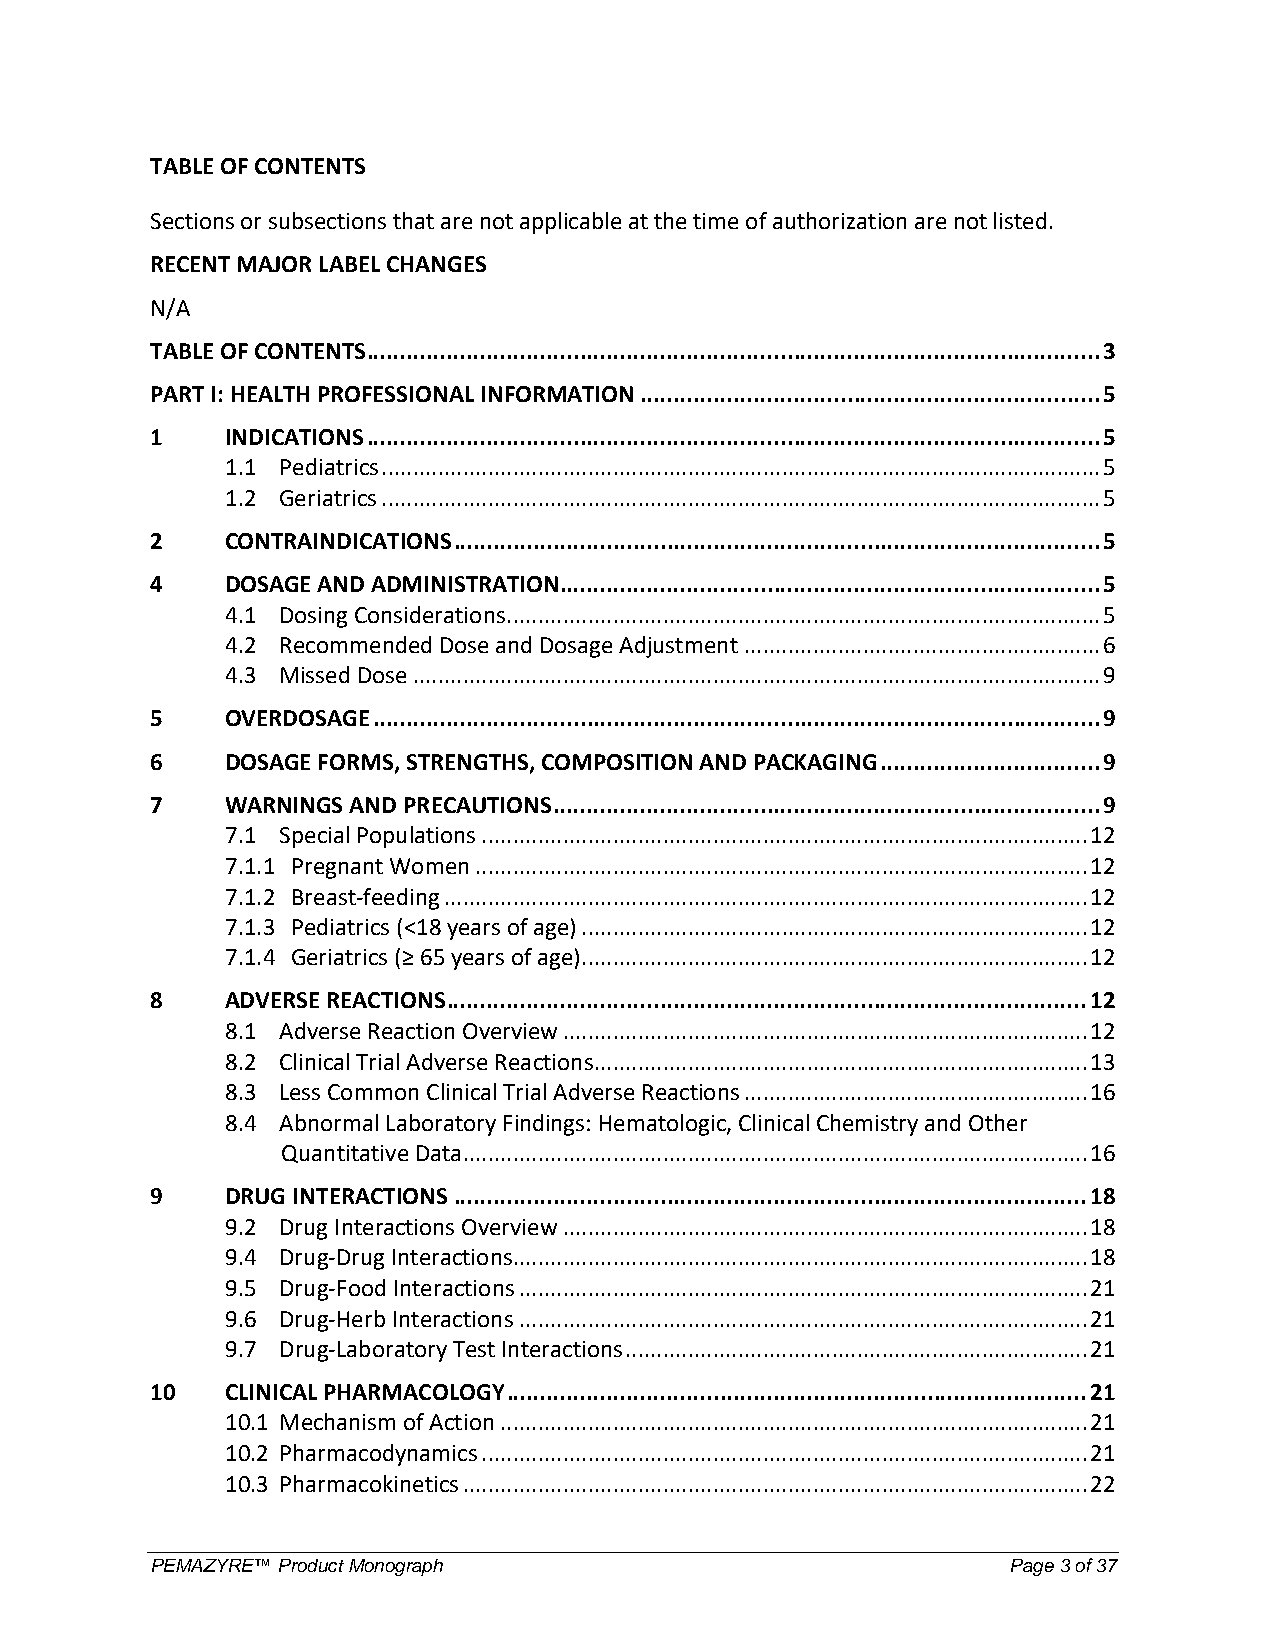
TABLE OF CONTENTS
 Sections or subsections that are not applicable at the time of authorization are not listed.
 RECENT MAJOR LABEL CHANGES
 N/A
 TABLE OF CONTENTS .............................................................................................................. 3
 PART I: HEALTH PROFESSIONAL INFORMATION ..................................................................... 5
 1    INDICATIONS .............................................................................................................. 5
 1.1 Pediatrics ................................................................................................................... 5
 1.2 Geriatrics ................................................................................................................... 5
 2    CONTRAINDICATIONS ................................................................................................. 5
 4    DOSAGE AND ADMINISTRATION................................................................................. 5
 4.1 Dosing Considerations ............................................................................................... 5
 4.2 Recommended Dose and Dosage Adjustment ......................................................... 6
 4.3 Missed Dose .............................................................................................................. 9
 5    OVERDOSAGE ............................................................................................................. 9
 6    DOSAGE FORMS, STRENGTHS, COMPOSITION AND PACKAGING ................................. 9
 7    WARNINGS AND PRECAUTIONS .................................................................................. 9
 7.1 Special Populations ................................................................................................. 12
 7.1.1 Pregnant Women .................................................................................................. 12
 7.1.2 Breast-feeding ....................................................................................................... 12
 7.1.3 Pediatrics (<18 years of age) ................................................................................. 12
 7.1.4 Geriatrics (≥ 65 years of age)................................................................................. 12
 8    ADVERSE REACTIONS ................................................................................................ 12
 8.1 Adverse Reaction Overview .................................................................................... 12
 8.2 Clinical Trial Adverse Reactions ............................................................................... 13
 8.3 Less Common Clinical Trial Adverse Reactions ....................................................... 16
 8.4 Abnormal Laboratory Findings: Hematologic, Clinical Chemistry and Other
 Quantitative Data .................................................................................................... 16
 9    DRUG INTERACTIONS ............................................................................................... 18
 9.2 Drug Interactions Overview .................................................................................... 18
 9.4 Drug-Drug Interactions ............................................................................................ 18
 9.5 Drug-Food Interactions ........................................................................................... 21
 9.6 Drug-Herb Interactions ........................................................................................... 21
 9.7 Drug-Laboratory Test Interactions .......................................................................... 21
 10   CLINICAL PHARMACOLOGY ....................................................................................... 21
 10.1 Mechanism of Action .............................................................................................. 21
 10.2 Pharmacodynamics ................................................................................................. 21
 10.3 Pharmacokinetics .................................................................................................... 22
 PEMAZYRE™ Product Monograph                              Page 3 of 37